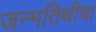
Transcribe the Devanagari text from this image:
जन्मतिथीचा